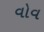
વોવ